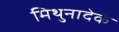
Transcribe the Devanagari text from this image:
मिथुनादेकं